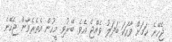
ޖެހޭނެ ކަމަށް ވާހަކަ ބަދަލު ވެއްޖެ އެވެ. ބޭރުވި މީހުން އެތެރެވާން ޖެހޭނެ